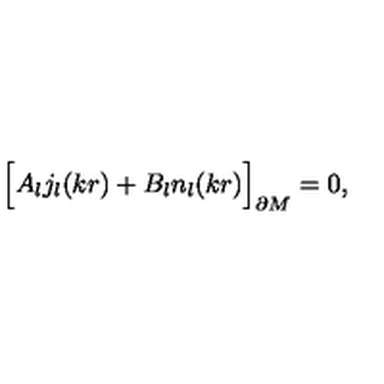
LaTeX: \Bigr [ A _ { l } j _ { l } ( k r ) + B _ { l } n _ { l } ( k r ) \Bigr ] _ { \partial M } = 0 ,